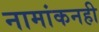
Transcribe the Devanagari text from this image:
नामांकनही